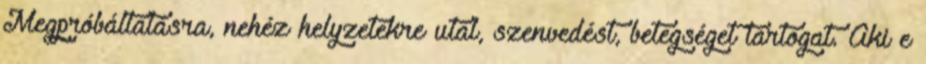
Megpróbáltatásra, nehéz helyzetekre utal, szenvedést, betegséget tartogat. Aki e